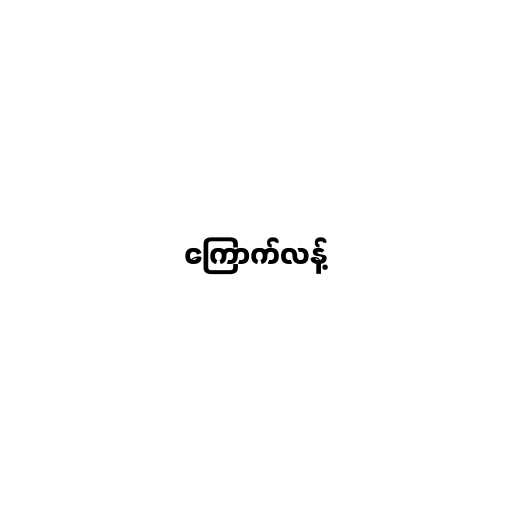
ကြောက်လန့်